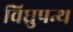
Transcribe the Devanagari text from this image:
विघ्रुपन्थ